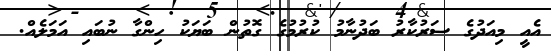
އެއީ މިއަދުގެ ސަރުކާރު ބަދުނާމު ކުރުމުގެ ގޮތުން ބަޔަކު ހިންގާ ނުބައި އަމަލެއް.